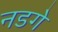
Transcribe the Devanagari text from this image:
नडगे